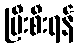
ပြီးစီးရန်